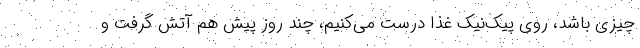
چیزی باشد، روی پیک‌نیک غذا درست می‌کنیم، چند روز پیش هم آتش گرفت و